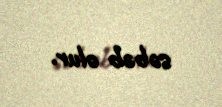
səbəb olur.